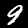
Digit: 9